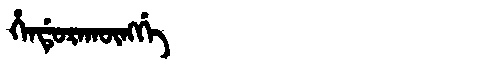
Manchu: ᡥᡝᠨᡩᡠᡵᠠᡴᡡᠩᡤᡝ
Romanization: HENDURAKŪNGGE